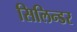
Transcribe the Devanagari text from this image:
सिलिन्डर